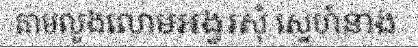
តាមលួងលោមអង្វរសុំ ស្នេហ៍នាង